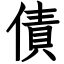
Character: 債